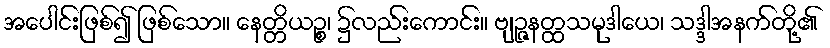
အပေါင်းဖြစ်၍ ဖြစ်သော။ နေတ္တိယဉ္စ၊ ၌လည်းကောင်း။ ဗျဉ္ဇနတ္ထသမုဒါယေ၊ သဒ္ဒါအနက်တို့၏